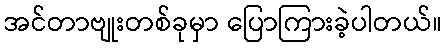
အင်တာဗျုးတစ်ခုမှာ ပြောကြားခဲ့ပါတယ်။